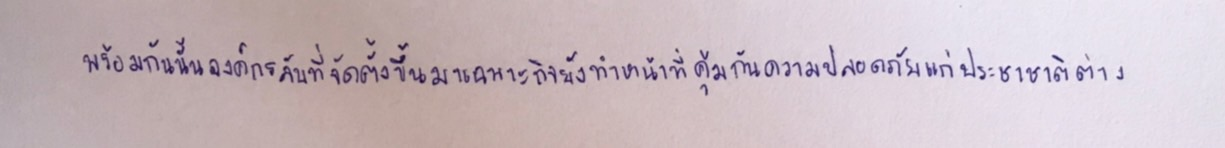
พร้อมกันนั้นองค์กรลับที่จัดตั้งขึ้นมาเฉพาะกิจยังทำหน้าที่คุ้มกันความปลอดภัยแก่ประชาชาติต่าง